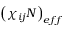
\left( \chi _ { i j } N \right) _ { e f f }